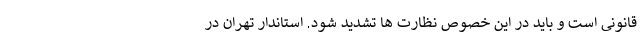
قانونی است و باید در این خصوص نظارت ها تشدید شود. استاندار تهران در